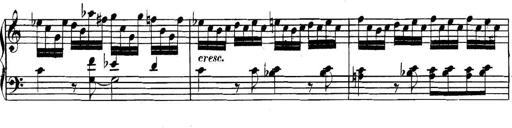
Title: Collected Piano Sonatas
Composer: Muzio Clementi